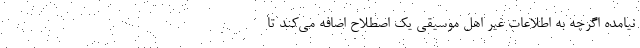
نیامده اگرچه به اطلاعات غیر اهل موسیقی یک اصطلاح اضافه می‌کند تا